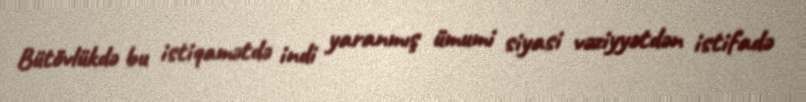
Bütövlükdə bu istiqamətdə indi yaranmış ümumi siyasi vəziyyətdən istifadə